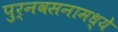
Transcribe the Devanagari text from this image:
पुर्नवसनामध्ये